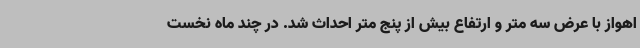
اهواز با عرض سه متر و ارتفاع بیش از پنج متر احداث شد. در چند ماه نخست